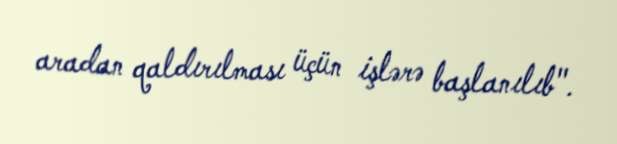
aradan qaldırılması üçün işlərə başlanılıb".